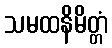
သမထနိမိတ္တံ